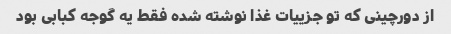
از دورچینی که تو جزییات غذا نوشته شده فقط یه گوجه کبابی بود